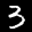
Label: 3